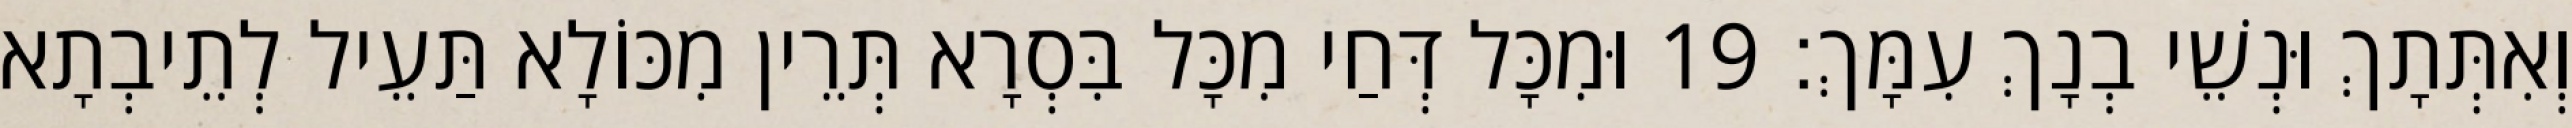
וְאִתְּתָךְ וּנְשֵׁי בְנָךְ עִמָּךְ׃ 19 וּמִכָּל דְּחַי מִכָּל בִּסְרָא תְּרֵין מִכּוֹלָא תַּעֵיל לְתֵיבְתָא